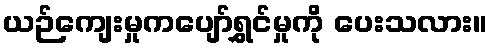
ယဉ်ကျေးမှုကပျော်ရွှင်မှုကို ပေးသလား။